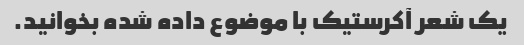
یک شعر آکرستیک با موضوع داده شده بخوانید.